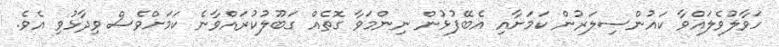
ހަވާލުވެލައްވާ ކައުންސިލަރުން ކަމަށާއި އެބޭފުޅުން ނިންމަވާ ގޮތެއް ގަބޫލުކުރައްވާނެ ކަމަށްވެސް ވިދާޅުވި އެވެ.